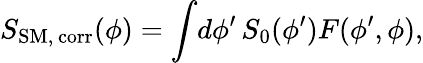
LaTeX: S_{\mathrm{SM,\, corr}}(\phi)=\int\! d\phi^{\prime}\, S_{0}(\phi^{\prime})F(\phi^{\prime},\phi),